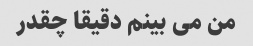
من می بینم دقیقا چقدر